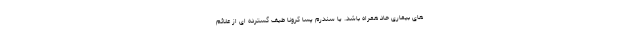
های بیماری حاد همراه باشد. یا سندرم پسا کرونا طیف گسترده ای از علائم